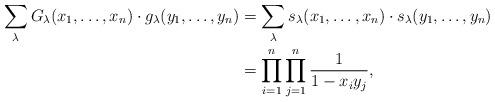
LaTeX: \begin{align*} \sum_{\lambda}G_\lambda(x_1,\ldots,x_n)\cdot g_\lambda(y_1,\ldots,y_n)&= \sum_{\lambda}s_\lambda(x_1,\ldots,x_n)\cdot s_\lambda(y_1,\ldots,y_n)\\&=\prod_{i=1}^n\prod_{j=1}^n\frac{1}{1-x_iy_j},\end{align*}